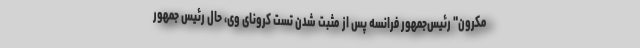
مکرون" رئیس‌جمهور فرانسه پس از مثبت شدن تست کرونای وی، حال رئیس جمهور